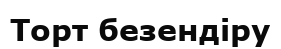
Торт безендіру